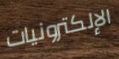
الإلكترونيات